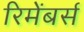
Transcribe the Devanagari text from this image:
रिमेंबर्स